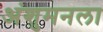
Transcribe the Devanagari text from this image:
अंशुमनला